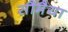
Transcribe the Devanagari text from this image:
सौमैया